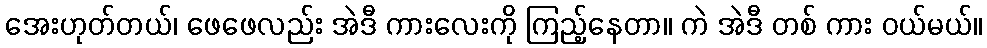
အေးဟုတ်တယ်၊ ဖေဖေလည်း အဲဒီ ကားလေးကို ကြည့်နေတာ။ ကဲ အဲဒီ တစ် ကား ဝယ်မယ်။